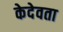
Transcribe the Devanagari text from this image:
केदेवता